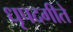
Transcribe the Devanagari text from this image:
धृपदगीते